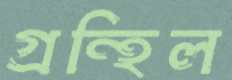
গ্রন্হিল